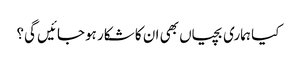
کیا ہماری بچیاں بھی ان کا شکار ہوجائیں گی؟